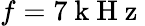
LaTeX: f=7\mathrm{~k~H~z~}